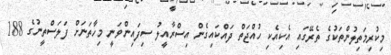
މިކުރިމަތިލުންތަކުގެ ތެރޭގައި އެކިއެކި ހުއްޖަތް ދައްކައިގެން އިސްރާއީލު ސިފައިންވަނީ މިހާތަނަށް ފަލަސްތީނުގެ 188